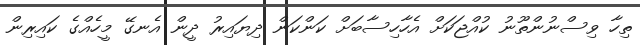
ތިހާ ވިސްނުންތޫނު ކުއްޖަކަށް އެހާހިސާބަށް ކަންކަން ދިޔައިރު ދީން އެނގޭ މީހެއްގެ ކައިރިން